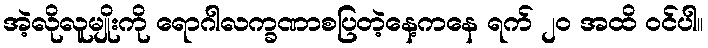
အဲ့လိုလူမျိုးကို ရောဂါလက္ခဏာစပြတဲ့နေ့ကနေ ရက် ၂၀ အထိ ဝင်ပါ။